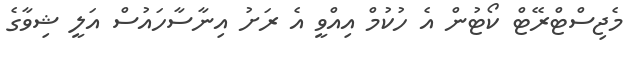
މެޖިސްޓްރޭޓް ކޯޓުން އެ ހުކުމް އިއްވީ އެ ރަށު އިނާސާހައުސް އަލީ ޝިވާގެ